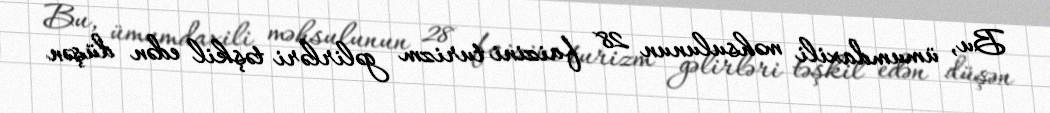
Bu, ümumdaxili məhsulunun 28 faizini turizm gəlirləri təşkil edən düşən